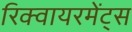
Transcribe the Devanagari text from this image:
रिक्वायरमेंट्स